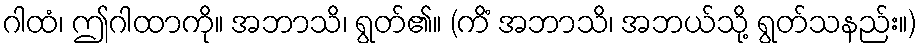
ဂါထံ၊ ဤဂါထာကို။ အဘာသိ၊ ရွတ်၏။ (ကိံ အဘာသိ၊ အဘယ်သို့ ရွတ်သနည်း။)